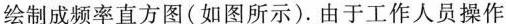
绘制成频率直方图(如图所示).由于工作人员操作